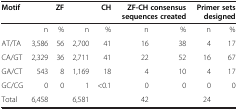
<table><thead><tr><td><b>Motif</b></td><td><b> </b></td><td><b>ZF</b></td><td><b> </b></td><td><b>CH</b></td><td colspan="2"><b>ZF-CH consensus sequences created</b></td><td colspan="2"><b>Primer sets designed</b></td></tr></thead><tbody><tr><td> </td><td>n</td><td>%</td><td>n</td><td>%</td><td>n</td><td>%</td><td>n</td><td>%</td></tr><tr><td>AT/TA</td><td>3,586</td><td>56</td><td>2,700</td><td>41</td><td>16</td><td>38</td><td>4</td><td>17</td></tr><tr><td>CA/GT</td><td>2,329</td><td>36</td><td>2,711</td><td>41</td><td>22</td><td>52</td><td>16</td><td>67</td></tr><tr><td>GA/CT</td><td>543</td><td>8</td><td>1,169</td><td>18</td><td>4</td><td>10</td><td>4</td><td>17</td></tr><tr><td>GC/CG</td><td>0</td><td>0</td><td>1</td><td>&lt;0.1</td><td>0</td><td>0</td><td>0</td><td>0</td></tr><tr><td>Total</td><td>6,458</td><td> </td><td>6,581</td><td> </td><td>42</td><td> </td><td>24</td><td> </td></tr></tbody></table>